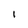
Character: I